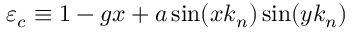
\varepsilon _ { c } \equiv 1 - g x + a \sin ( x k _ { n } ) \sin ( y k _ { n } )